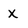
Character: x